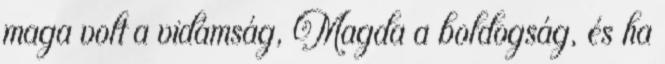
maga volt a vidámság, Magda a boldogság, és ha